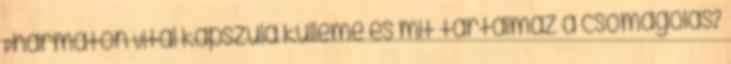
Pharmaton Vital kapszula külleme és mit tartalmaz a csomagolás?